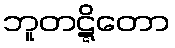
ဘူတဋ္ဋိတော